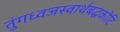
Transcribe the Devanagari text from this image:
तुंगध्वजस्वार्थबद्धकोटि